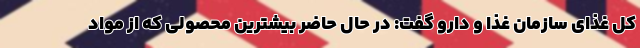
کل غذای سازمان غذا و دارو گفت: در حال حاضر بیشترین محصولی که از مواد